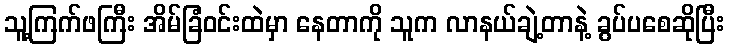
သူ့ကြက်ဖကြီး အိမ်ခြံဝင်းထဲမှာ နေတာကို သူက လာနယ်ချဲ့တာနဲ့ ခွပ်ပစေဆိုပြီး